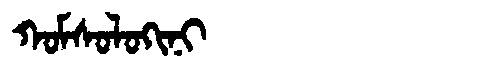
Manchu: ᡴᠣᠮᠰᠣᠯᠣᡴᡳᠨᡳ
Romanization: KOMSOLOKINI